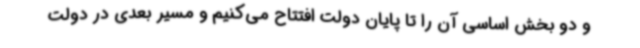
و دو بخش اساسی آن را تا پایان دولت افتتاح می‌کنیم و مسیر بعدی در دولت